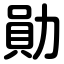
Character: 勛